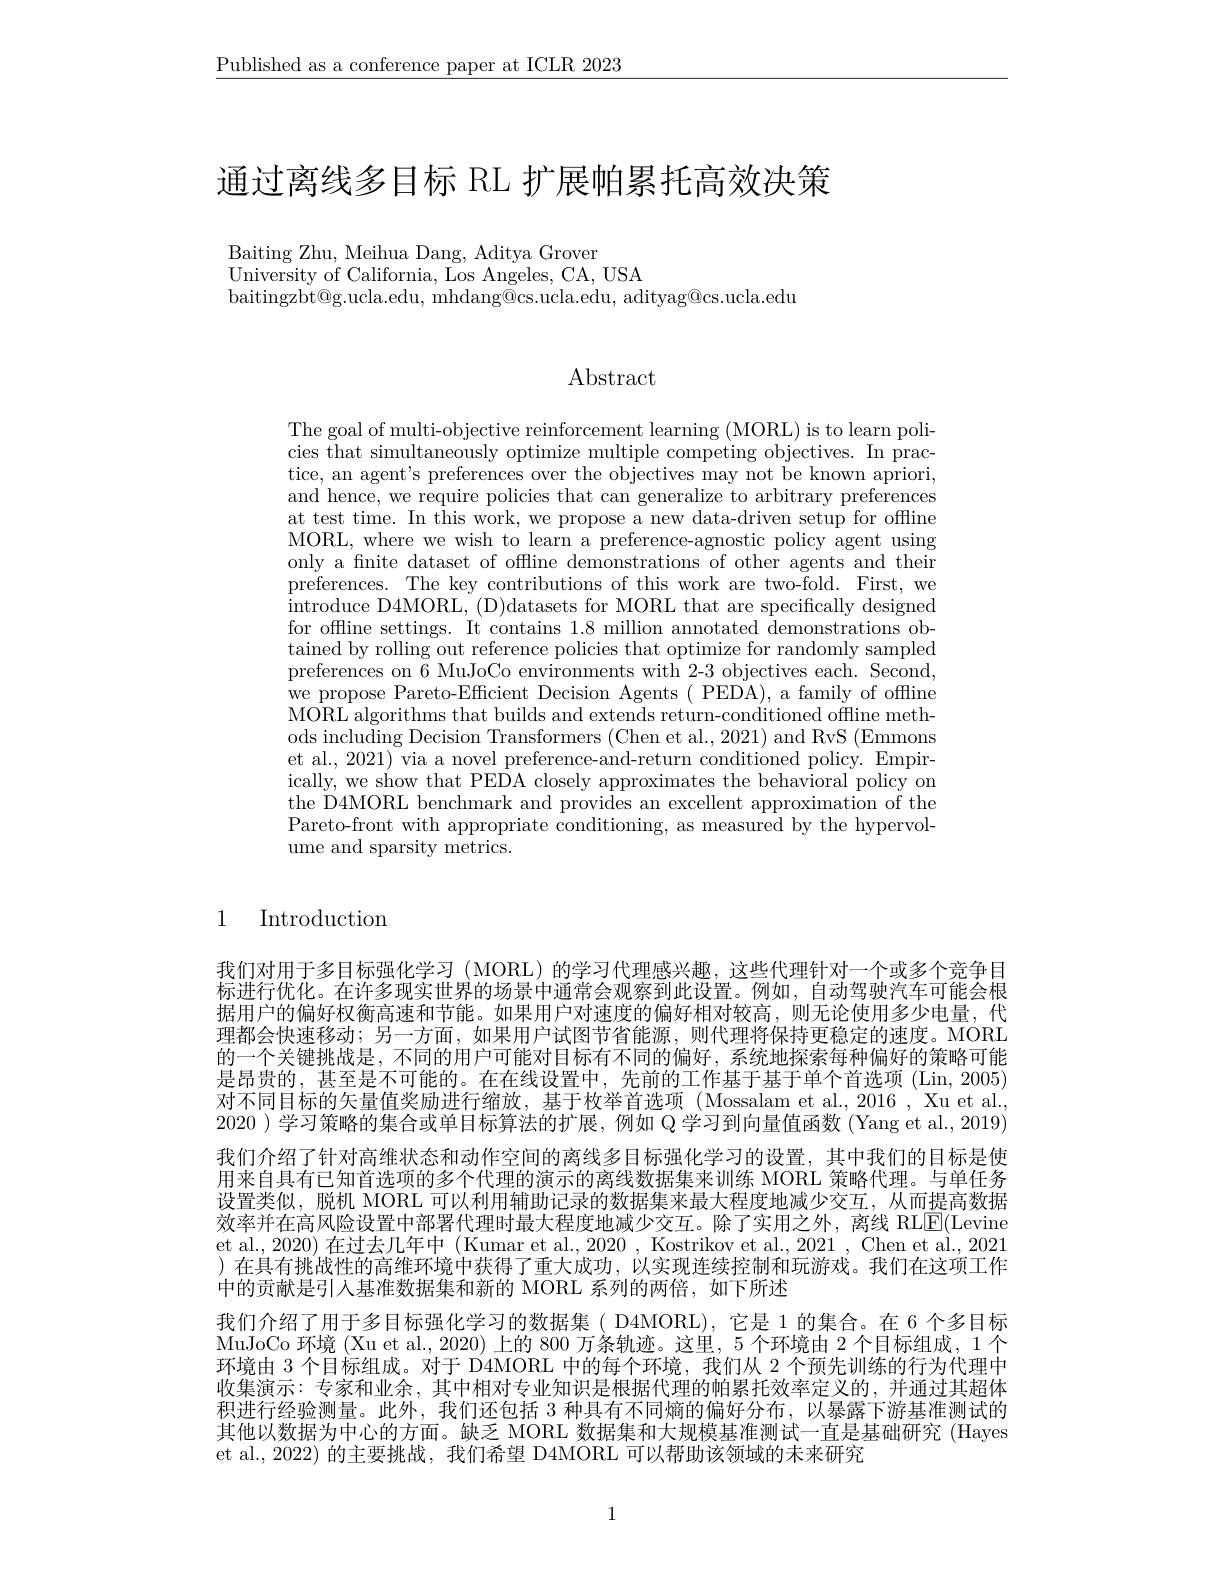
$\underline{\text{Published as a conference paper at ICLR 2023}}$

通过离线多目标 RL 扩展帕累托高效决策

Baiting Zhu, Meihua Dang, Aditya Grover
University of California, Los Angeles, CA, USA
baitingzbt@g.ucla.edu, mhdang@cs.ucla.edu, adityag@cs.ucla.edu

# $\operatorname{Abstract}$

The goal of multi-objective reinforcement learning (MORL) is to learn policies that simultaneously optimize multiple competing objectives. In practice, an agent's preferences over the objectives may not be known apriori, and hence, we require policies that can generalize to arbitrary preferences at test time. In this work, we propose a new data-driven setup for offline MORL, where we wish to learn a preference-agnostic policy agent using only a finite dataset of offline demonstrations of other agents and their preferences. The key contributions of this work are two-fold. First, we introduce D4MORL, (D)datasets for MORL that are specifically designed for offline settings. It contains 1.8 million annotated demonstrations obtained by rolling out reference policies that optimize for randomly sampled preferences on $\bar{6}$ MuJoCo environments with 2-3 objectives each. Second, we propose Pareto-Efficient Decision Agents ( PEDA), a family of offfline MORL algorithms that builds and extends return-conditioned offline methods including Decision Transformers (Chen et al., 2021) and RvS (Emmons et al., 2021) via a novel preference-and-return conditioned policy. Empirically, we show that PEDA closely approximates the behavioral policy on the D4MORL benchmark and provides an excellent approximation of the Pareto-front with appropriate conditioning, as measured by the hypervolume and sparsity metrics.

# 1 Introduction

我们对用于多目标强化学习(MORL)的学习代理感兴趣，这些代理针对一个或多个竞争目标进行优化。在许多现实世界的场景中通常会观察到此设置。例如，自动驾驶汽车可能会根据用户的偏好权衡高速和节能。如果用户对速度的偏好相对较高，则无论使用多少电量，代理都会快速移动；另一方面，如果用户试图节省能源，则代理将保持更稳定的速度。MORL 的一个关键挑战是，不同的用户可能对目标有不同的偏好，系统地探索每种偏好的策略可能是昂贵的，甚至是不可能的。在在线设置中，先前的工作基于基于单个首选项 (Lin, 2005) 对不同目标的矢量值奖励进行缩放，基于枚举首选项(Mossalam et al.,2016, Xu et al. 2020 )学习策略的集合或单目标算法的扩展，例如 Q 学习到向量值函数 (Yang et al., 2019) 我们介绍了针对高维状态和动作空间的离线多目标强化学习的设置，其中我们的目标是使用来自具有已知首选项的多个代理的演示的离线数据集来训练 MORL 策略代理。与单任务设置类似，脱机 MORL 可以利用辅助记录的数据集来最大程度地减少交互，从而提高数据效率并在高风险设置中部署代理时最大程度地减少交互。除了实用之外，离线 RL$\boxed{\mathrm{E}}($Levine et al., 2020) 在过去几年中 (Kumar et al., 2020 , Kostrikov et al., 2021 , Chen et al., 2021 )在具有挑战性的高维环境中获得了重大成功，以实现连续控制和玩游戏。我们在这项工作中的贡献是引人基准数据集和新的 MORL 系列的两倍，如下所述
我们介绍了用于多目标强化学习的数据集( D4MORL), 它是 1 的集合。在 6 个多目标MuJoCo 环境 (Xu et al., 2020) 上的 800 万条轨迹。这里，5 个环境由 2 个目标组成，1 个环境由 3 个目标组成。对于 D4MORL 中的每个环境，我们从 2 个预先训练的行为代理中收集演示：专家和业余，其中相对专业知识是根据代理的帕累托效率定义的，并通过其超体积进行经验测量。此外，我们还包括 3 种具有不同熵的偏好分布，以暴露下游基准测试的其他以数据为中心的方面。缺乏 MORL 数据集和大规模基准测试一直是基础研究 (Hayes et al., 2022) 的主要挑战，我们希望 D4MORL 可以帮助该领域的未来研究

1